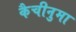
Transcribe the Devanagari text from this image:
कैचीनुमा